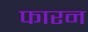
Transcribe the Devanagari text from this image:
फारन